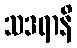
သဒရာနိ